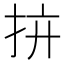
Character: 𢪴